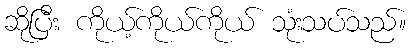
ဆိုပြီး ကိုယ့်ကိုယ်ကိုယ် သုံးသပ်သည်။